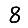
Digit: 8